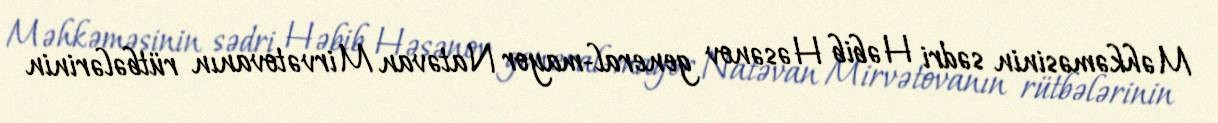
Məhkəməsinin sədri Həbib Həsənov general-mayor Natəvan Mirvətovanın rütbələrinin